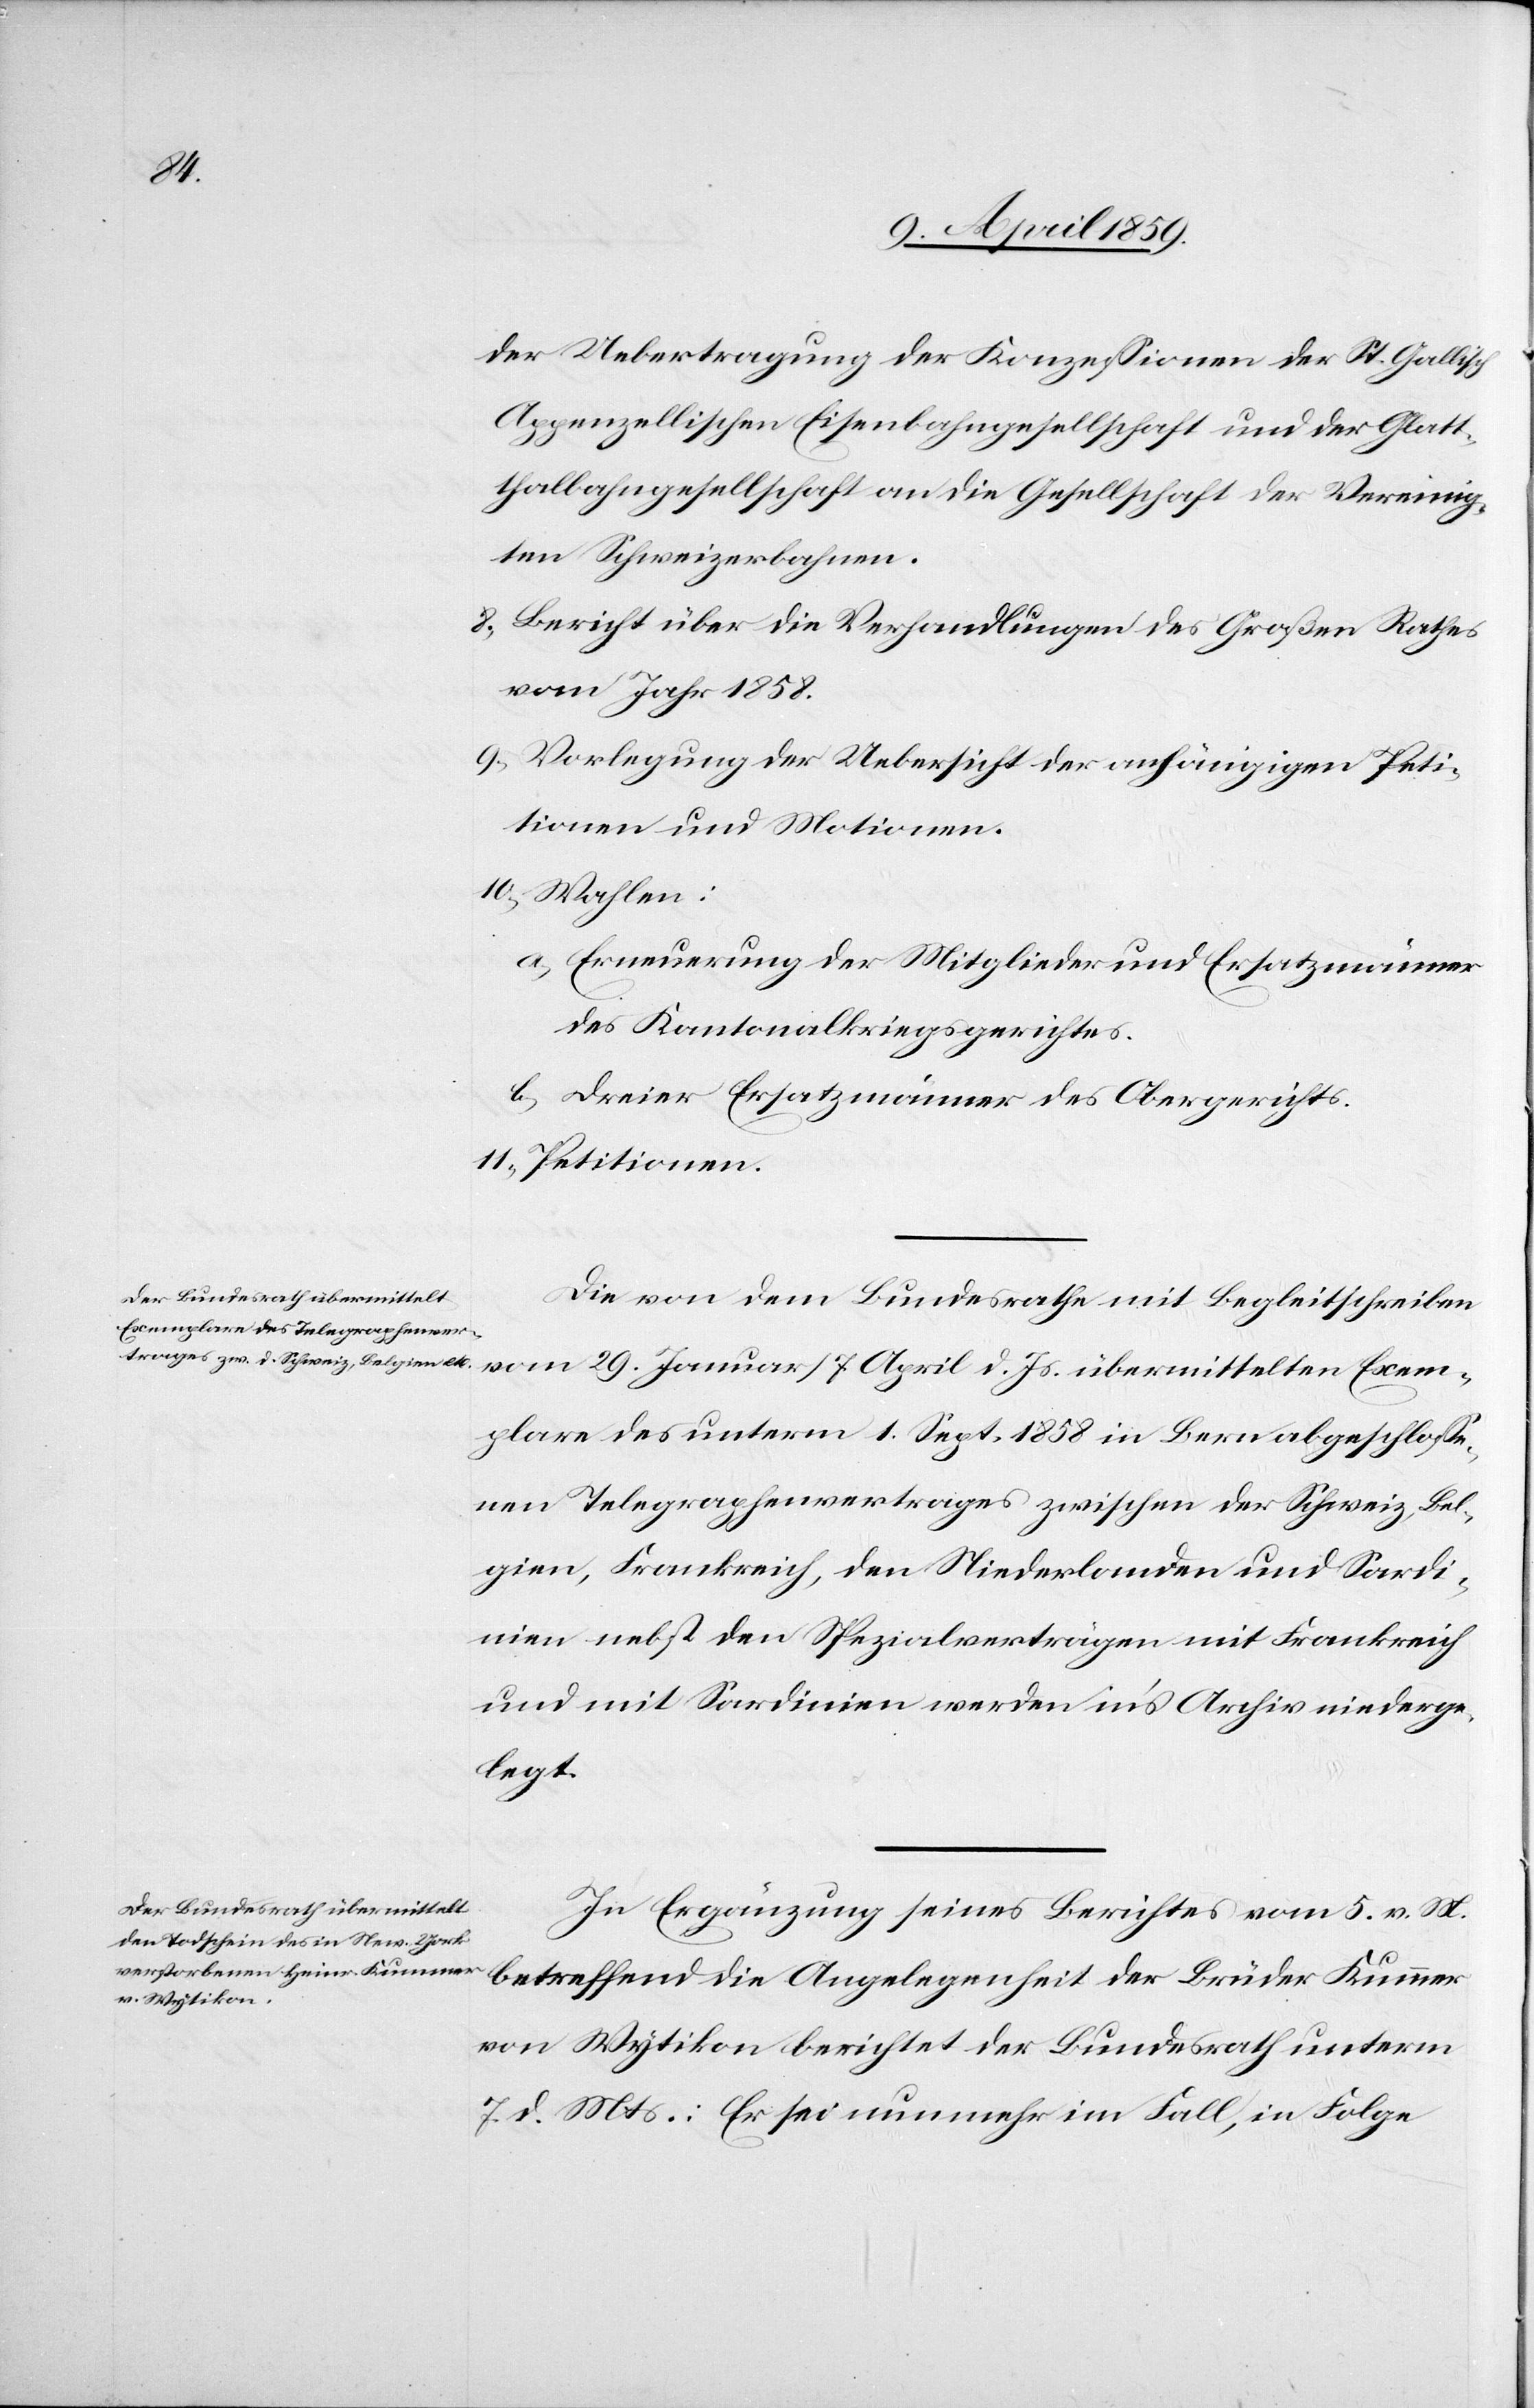
der Uebertragung der Konzeßionen der St. Gallisch
Appenzellischen Eisenbahngesellschaft und der Glatt¬
thalbahngesellschaft an die Gesellschaft der Vereinig¬
ten Schweizerbahnen.
8) Bericht über die Verhandlungen des Großen Rathes
vom Jahr 1858.
9) Vorlegung der Uebersicht der anhängigen Peti¬
tionen und Motionen.
10) Wahlen:
a) Erneuerung der Mitglieder und Ersatzmänner
des Kantonalkriegsgerichtes.
b) Dreier Ersatzmänner des Obergerichts.
11) Petitionen.
Die von dem Bundesrathe mit Begleitschreiben
vom 29. Januar/7. April d. Js. übermittelten Exem¬
plare des unterm 1. Sept. 1858 in Bern abgeschloße¬
nen Telegraphenvertrages zwischen der Schweiz, Bel¬
gien, Frankreich, den Niederlanden und Sardi¬
nien nebst den Spezialverträgen mit Frankreich
und mit Sardinien werden ins Archiv niederge¬
legt.
In Ergänzung seines Berichtes vom 5. v. M.
betreffend die Angelegenheit der Brüder Kummer
von Wytikon berichtet der Bundesrath unterm
7. d. Mts.: Er sei nunmehr im Fall, in Folge